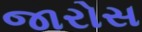
જારોસ